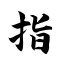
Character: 指